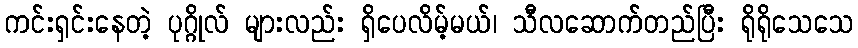
ကင်းရှင်းနေတဲ့ ပုဂ္ဂိုလ် များလည်း ရှိပေလိမ့်မယ်၊ သီလဆောက်တည်ပြီး ရိုရိုသေသေ